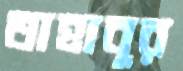
তাহাবুর